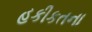
હકીકતના